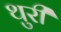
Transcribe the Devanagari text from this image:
थुरी